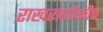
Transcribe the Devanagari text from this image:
राखरांगोळीच